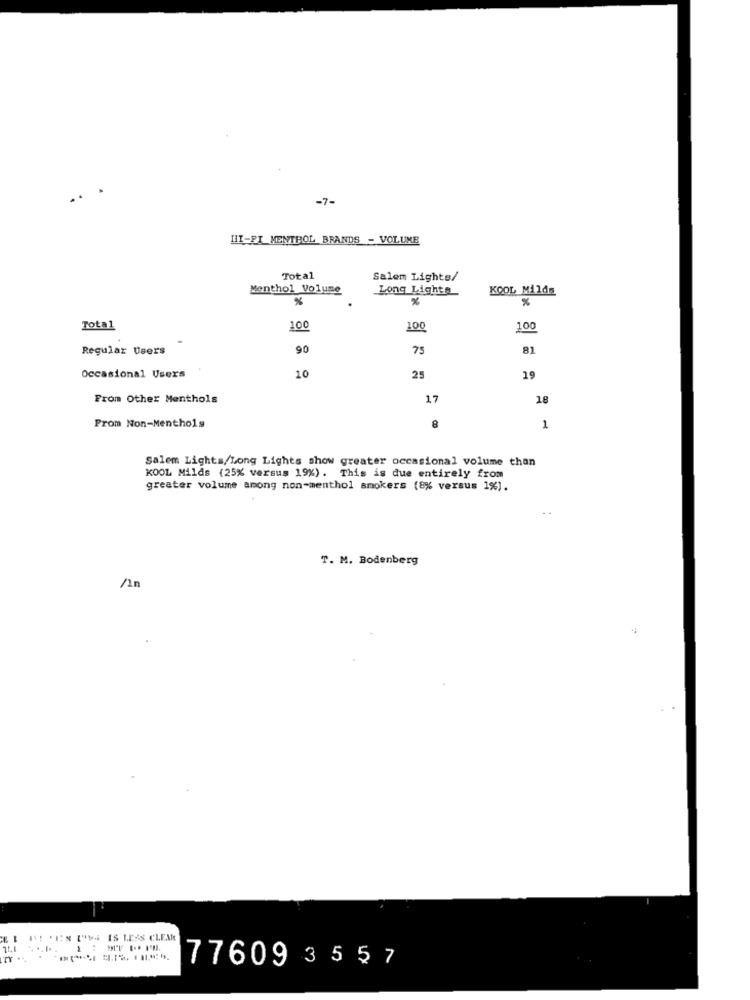
-7-
HI-FI_MENTHOL BRANDS - VOLUME
Total
Salem Lights/
Menthol Volume
Long Lights
KOOL Milds
%
%
Total
100
100
100
Regular Users
90
75
81
Occasional Users
10
25
19
From Other Menthols
17
16
Prom Non-Menthols
8
1
Salem Lights/Long Lights show greater occasional volume than
KOOL Milds (25% versus 19%). This is due entirely from
greater volume among non-menthol smokers (8% versus 1%).
T. M. Bodenberg
/1n
EI II 'IN LYS IS LESS CLEAR
77609 3557